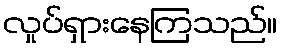
လှုပ်ရှားနေကြသည်။